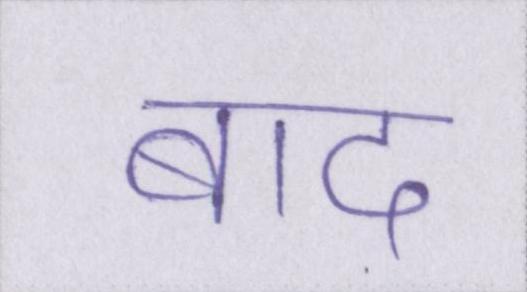
बाद